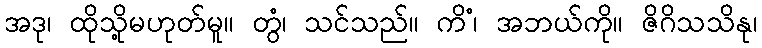
အဒု၊ ထိုသို့မဟုတ်မူ။ တွံ၊ သင်သည်။ ကိံ၊ အဘယ်ကို။ ဇိဂိသသိနု၊